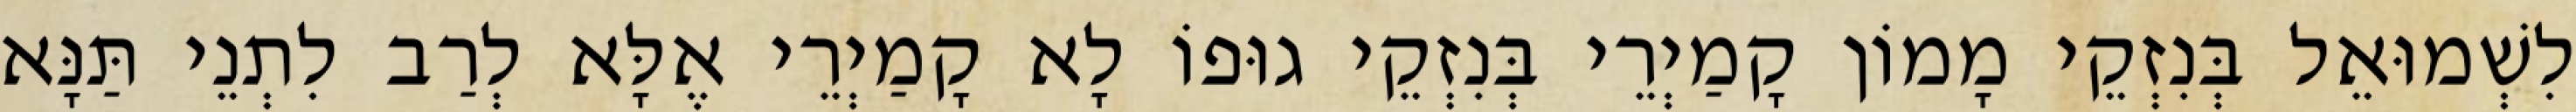
לִשְׁמוּאֵל בְּנִזְקֵי מָמוֹן קָמַיְרֵי בְּנִזְקֵי גוּפוֹ לָא קָמַיְרֵי אֶלָּא לְרַב לִתְנֵי תַּנָּא